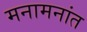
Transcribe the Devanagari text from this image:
मनामनांत